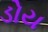
ડોય